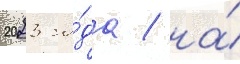
2023 го́да / на́